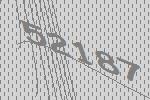
52187